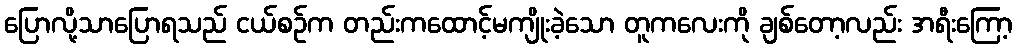
ပြောလို့သာပြောရသည် ငယ်စဉ်က တည်းကထောင့်မကျိုးခဲ့သော တူကလေးကို ချစ်တော့လည်း အရီးကြော့